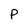
Character: P